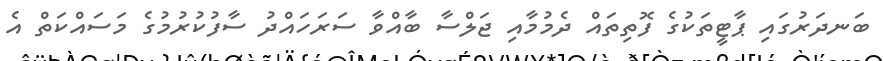
ބަނދަރުގައި ޕާޓީތަކުގެ ފޮތިތައް ދެމުމާއި ޖަލްސާ ބާއްވާ ސަރަހައްދު ސާފުކުރުމުގެ މަސައްކަތް އެ